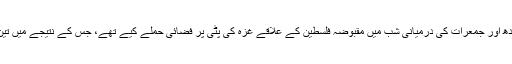
تفصیلات کے مطابق غاصب صیہونی ریاست اسرائیل نے بدھ اور جمعرات کی درمیانی شب میں مقبوضہ فلسطین کے علاقے غزہ کی پٹی پر فضائی حملے کیے تھے، جس کے نتیجے میں تین فلسطینیوں کے شہید ہونے کی اطلاعات موصول ہوئی ہیں۔